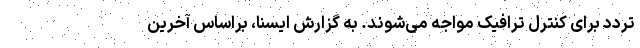
تردد برای کنترل ترافیک مواجه می‌شوند. به گزارش ایسنا، براساس آخرین